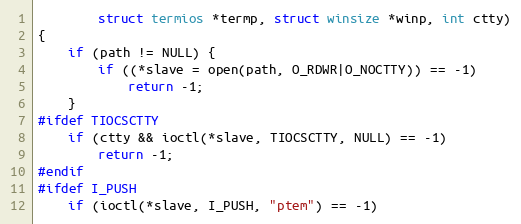
Language: C
        struct termios *termp, struct winsize *winp, int ctty)
{
    if (path != NULL) {
        if ((*slave = open(path, O_RDWR|O_NOCTTY)) == -1)
            return -1;
    }
#ifdef TIOCSCTTY
    if (ctty && ioctl(*slave, TIOCSCTTY, NULL) == -1)
        return -1;
#endif
#ifdef I_PUSH
    if (ioctl(*slave, I_PUSH, "ptem") == -1)